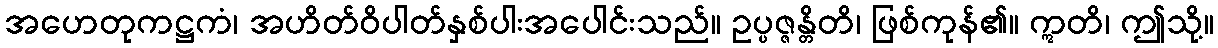
အဟေတုကဋ္ဌကံ၊ အဟိတ်ဝိပါတ်နှစ်ပါးအပေါင်းသည်။ ဥပ္ပဇ္ဇန္တိတိ၊ ဖြစ်ကုန်၏။ ဣတိ၊ ဤသို့။